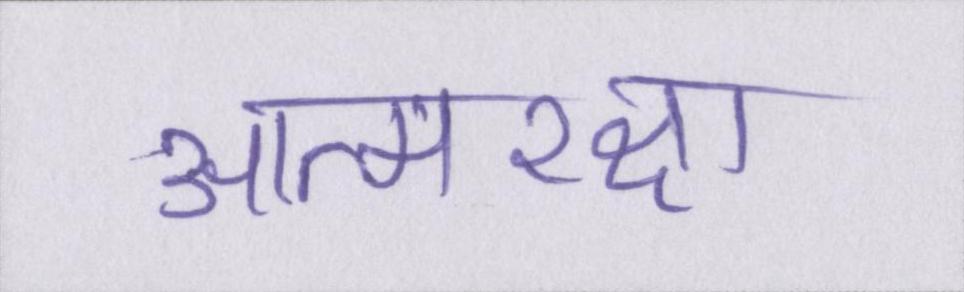
आत्मरक्षा